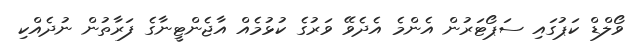
ވޯލްޑް ކަޕުގައި ސަޕޯޓަރުން އެންމެ އެދެވޭ ވަރުގެ ކުޅުމެއް އާޖެންޓީނާގެ ފަރާތުން ނުދެއްކި